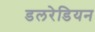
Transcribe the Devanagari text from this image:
डलरेडियन